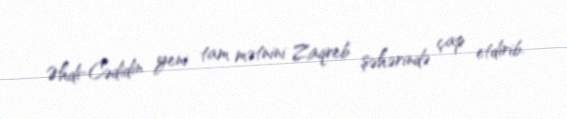
Əhdi-Cədidin yeni tam mətnini Zaqreb şəhərində çap etdirib.